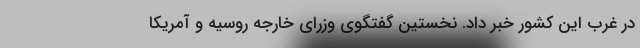
در غرب این کشور خبر داد. نخستین گفتگوی وزرای خارجه روسیه و آمریکا